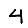
Digit: 4